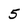
Character: 5